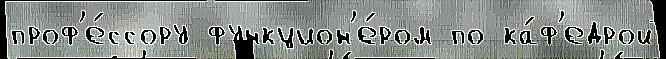
проф'е́ссору функцион'е́ром по ка́ф'едрой